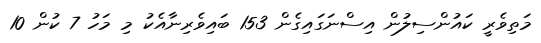
މަތިވެރީ ކައުންސިލުން އިސްނަގައިގެން 153 ބައިވެރިނާއެކު މި މަހު 7 ކުން 10